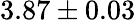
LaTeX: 3.87\pm 0.03